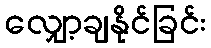
လျှော့ချနိုင်ခြင်း